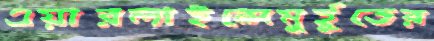
এয়ারলাইন্সেমুর্হূতের